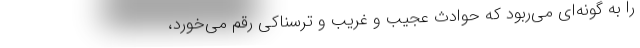
را به گونه‌ای می‌ربود که حوادث عجیب و غریب و ترسناکی رقم می‌خورد،